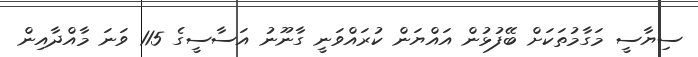
ސިޔާސީ މަގާމުތަކަށް ބޭފުޅުން އައްޔަން ކުރައްވަނީ ގާނޫނު އަސާސީގެ 115 ވަނަ މާއްދާއިން